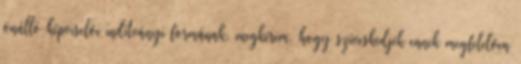
önálló képviselői indítványi formának, megkérem, hogy szíveskedjék ennek megfelelően